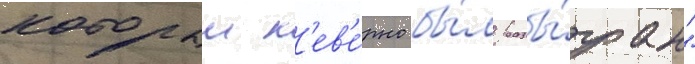
которыи н'ев'е́рно бы́л разы́гран"